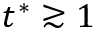
\smash { t ^ { * } \gtrsim 1 }